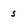
Character: s